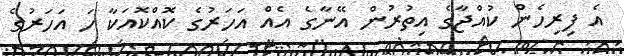
އެ ފިރިހެން ކުއްޖާގެ އިތުރުން އޭނާގެ އެއް އަހަރުގެ ކޮއްކޮއަކާ ހަ އަހަރުގެ